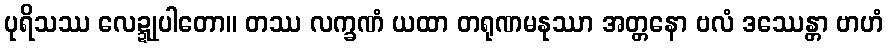
ပုရိသဿ လေဍ္ဍုပါတော။ တဿ လက္ခဏံ ယထာ တရုဏမနုဿာ အတ္တနော ဗလံ ဒဿေန္တာ ဗာဟံ